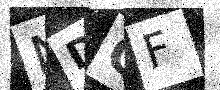
Text: NDQF